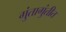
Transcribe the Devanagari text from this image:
गुंतागुंतीत